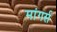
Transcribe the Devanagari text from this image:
मांगर्स